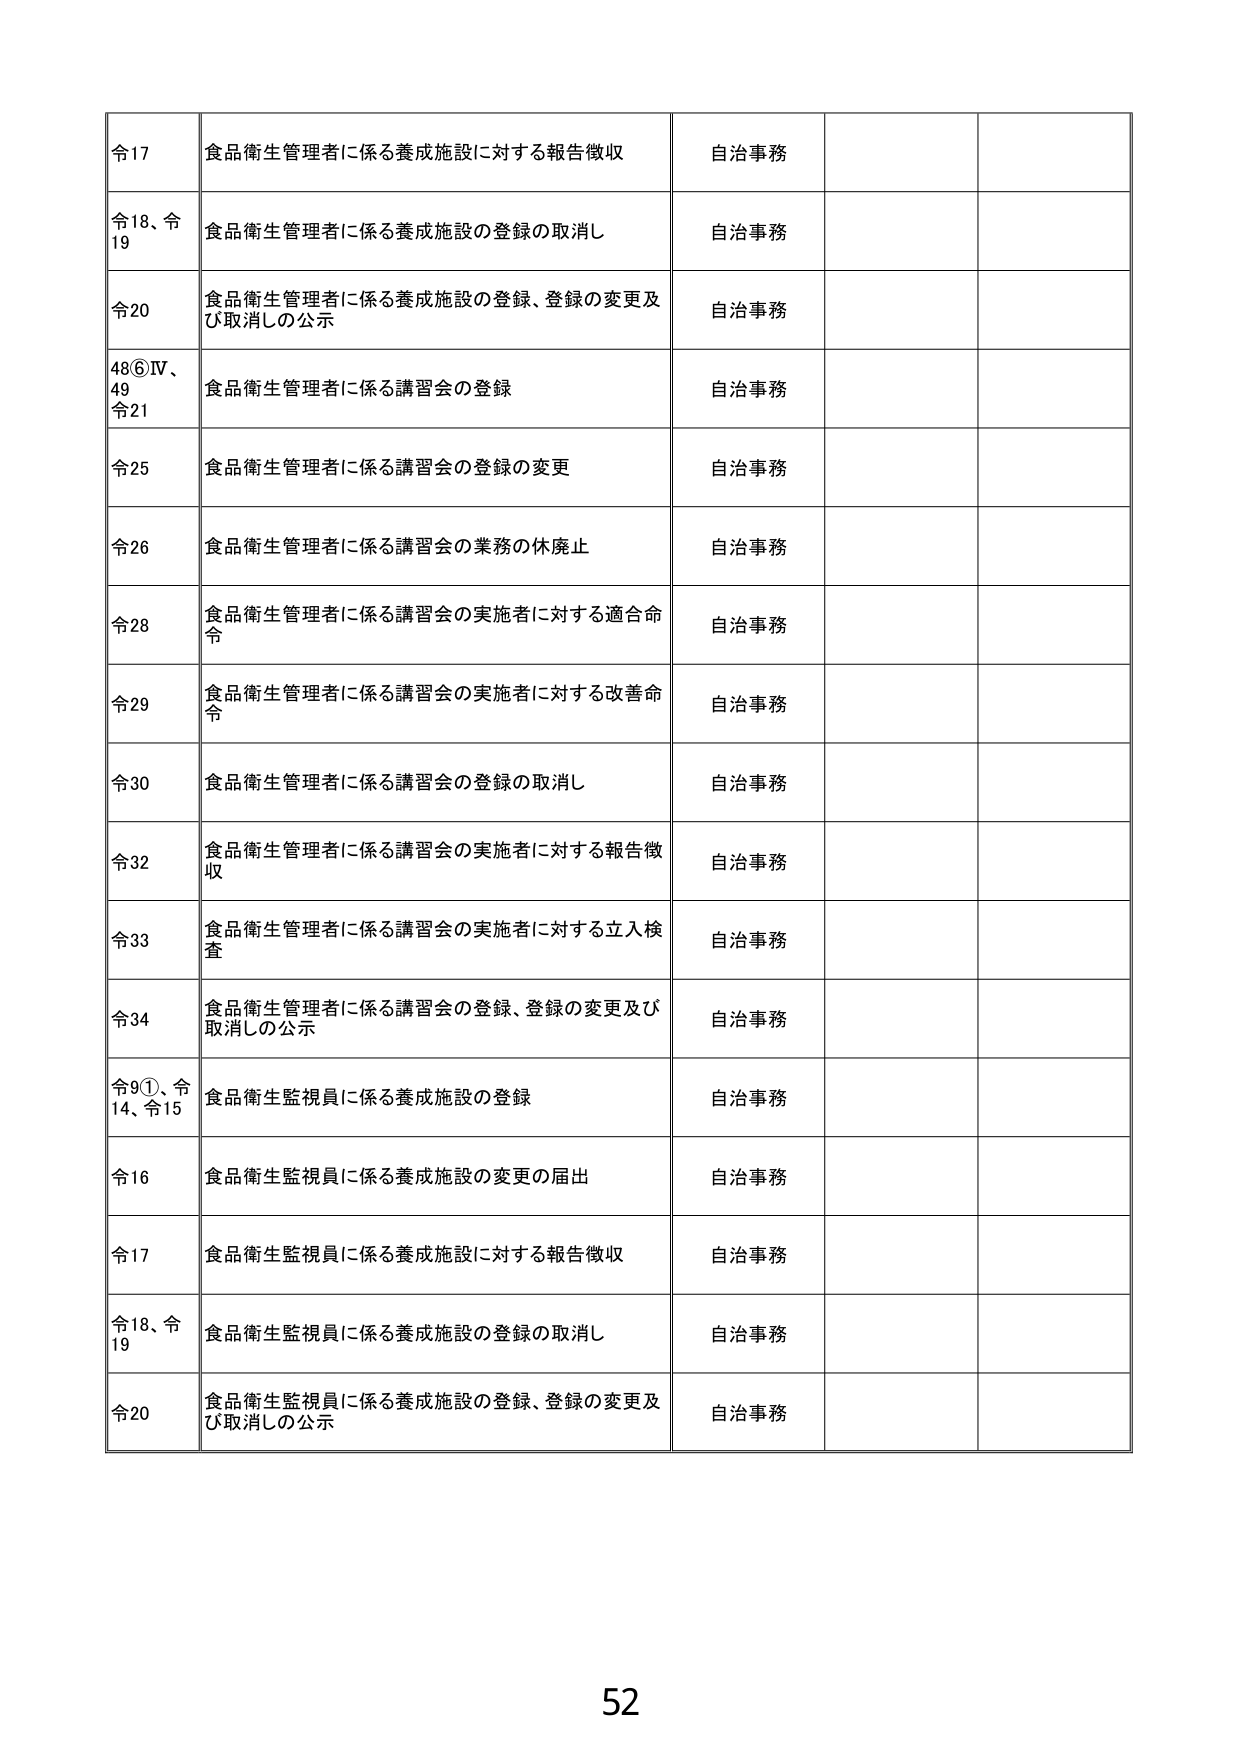
令17 食品衛生管理者に係る養成施設に対する報告徴収 自治事務
令18、令19 食品衛生管理者に係る養成施設の登録の取消し 自治事務
令20 食品衛生管理者に係る養成施設の登録、登録の変更及び取消しの公示 自治事務
48⑥Ⅳ、49 令21 食品衛生管理者に係る講習会の登録 自治事務
令25 食品衛生管理者に係る講習会の登録の変更 自治事務
令26 食品衛生管理者に係る講習会の業務の休廃止 自治事務
令28 食品衛生管理者に係る講習会の実施者に対する適合命令 自治事務
令29 食品衛生管理者に係る講習会の実施者に対する改善命令 自治事務
令30 食品衛生管理者に係る講習会の登録の取消し 自治事務
令32 食品衛生管理者に係る講習会の実施者に対する報告徴収 自治事務
令33 食品衛生管理者に係る講習会の実施者に対する立入検査 自治事務
令34 食品衛生管理者に係る講習会の登録、登録の変更及び取消しの公示 自治事務
令9①、令14、令15 食品衛生監視員に係る養成施設の登録 自治事務
令16 食品衛生監視員に係る養成施設の変更の届出 自治事務
令17 食品衛生監視員に係る養成施設に対する報告徴収 自治事務
令18、令19 食品衛生監視員に係る養成施設の登録の取消し 自治事務
令20 食品衛生監視員に係る養成施設の登録、登録の変更及び取消しの公示 自治事務
52